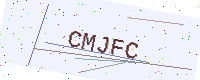
Text: CMJFC